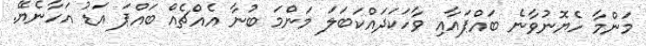
މަންމާ ހެޔޮނުވާނެ ބައްޕައާއި ވާހަކަދައްކަބަލަ މަންމަ ބުނާ އެއްޗެއް ބައްޕަ އަޑު އަހާނެޔޭ.